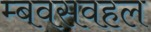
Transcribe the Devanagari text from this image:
म्बवसवहल